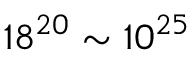
1 8 ^ { 2 0 } \sim 1 0 ^ { 2 5 }